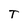
Character: T